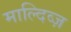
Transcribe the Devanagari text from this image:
माल्दिव्ज़